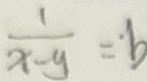
\frac { 1 } { x - y } = b